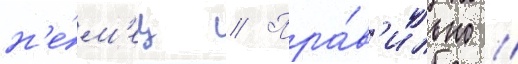
н'е́м'ец // Пра́в'ильно //